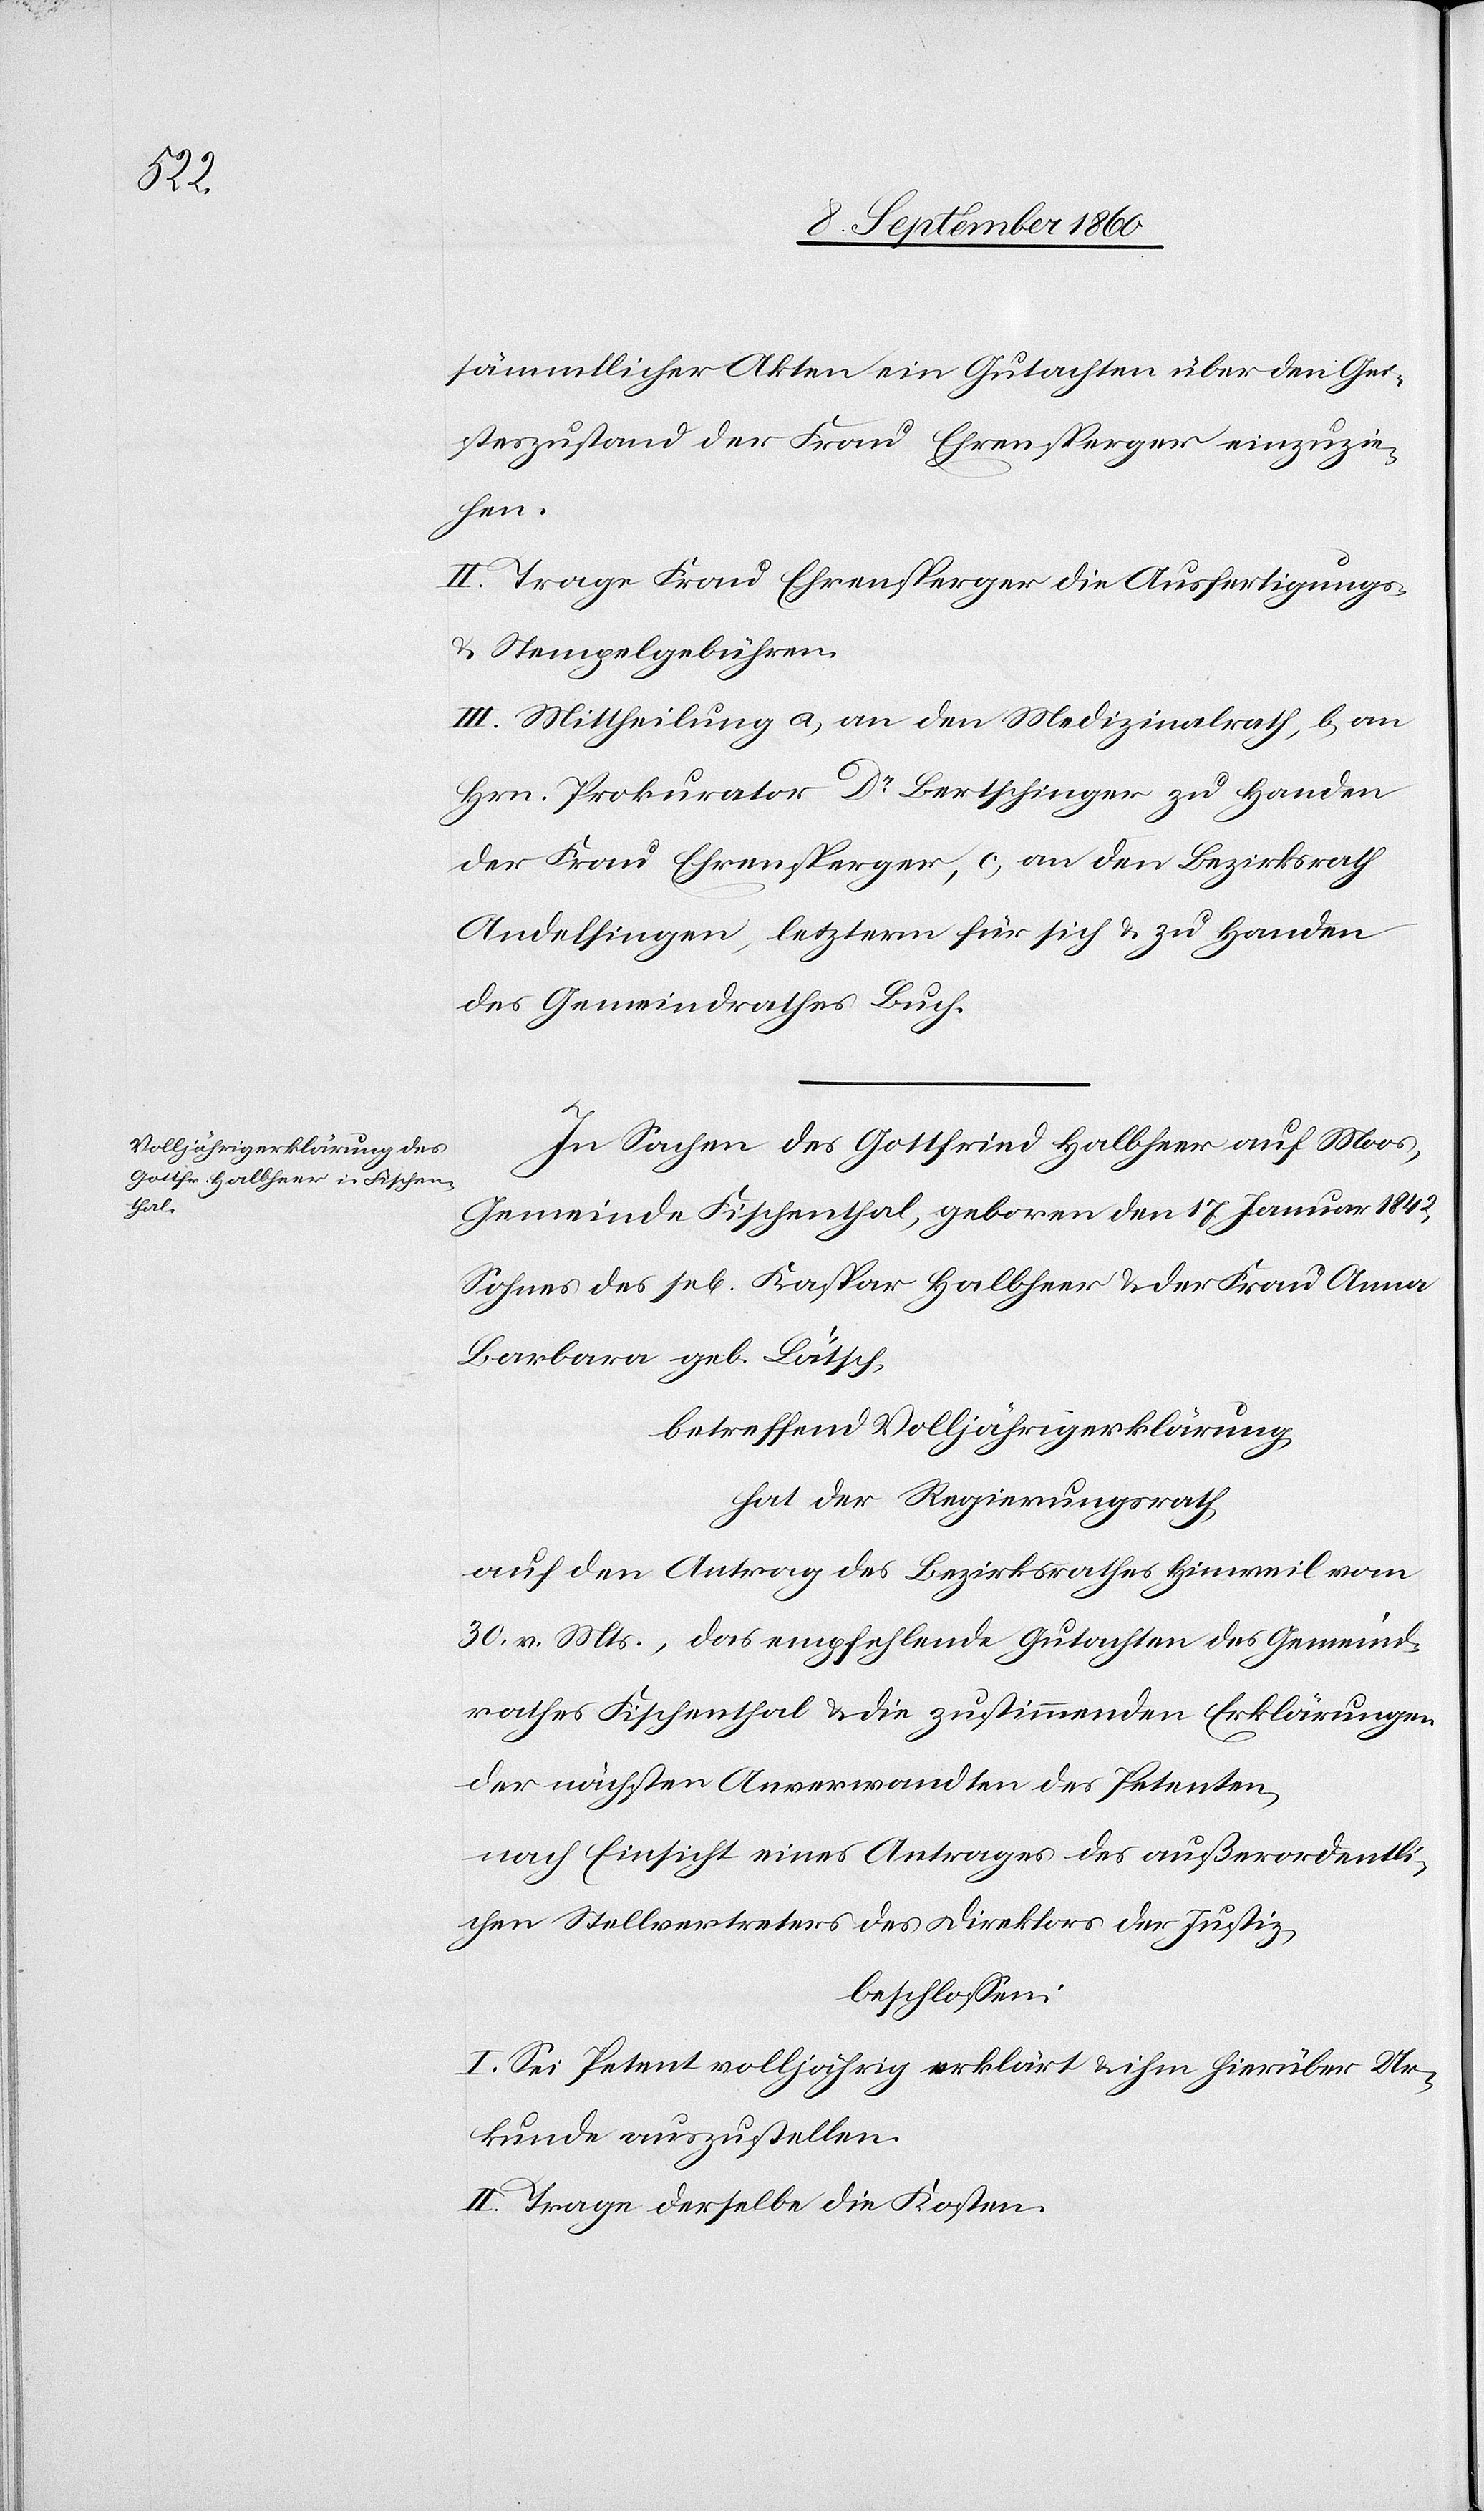
lung

sämmtlicher Akten ein Gutachten über den Gei¬
steszustand der Frau Ehrensperger einzuzie¬
hen.
II. Trage Frau Ehrensperger die Ausfertigungs-
u. Stempelgebühren.
III. Mittheilung a) an den Medizinalrath, b) an
Hrn. Prokurator Dr. Bertschinger zu Handen
der Frau Ehrensperger, c) an den Bezirksrath
Andelfingen, letzterem für sich zu Handen
des Gemeindrathes Buch.
In Sachen des Gottfried Halbheer auf Moos,
Gemeine Fischenthal, geboren den 17. Januar 1842,
Sohnes des sel. Kasp. Halbheer u. der Frau Anna
Barbara geb. Lätsch
betreffend Volljährigerklärung
hat der Regierungsrath
auf den Antrag des Bezirksrathes Hinweil vom
30. v. Mts, das empfehlende Gutachten des Gemeind¬
rathes Fischenthal u. die zustimmenden Erklärungen
der nächsten Anverwandten des Petenten,
nach Einsicht eines Antrages des ausserordentli¬
chen Stellvertreters des Direktors der Justiz,
beschlossen:
I. Sei Petent volljährig erklärt u. ihm hierüber Ur¬
kunde auszustellen.
II. Trage derselbe die Kosten.